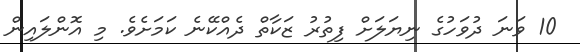
10 ވަނަ ދުވަހުގެ ނިޔަލަށް ފިތުރު ޒަކާތް ދެއްކޭނެ ކަމަށެވެ. މި އޮންލައިން